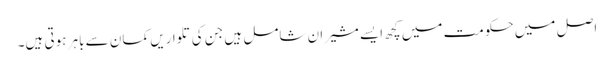
اصل میں حکومت میں کچھ ایسے مشیران شامل ہیں جن کی تلواریں کمان سے باہر ہوتی ہیں۔